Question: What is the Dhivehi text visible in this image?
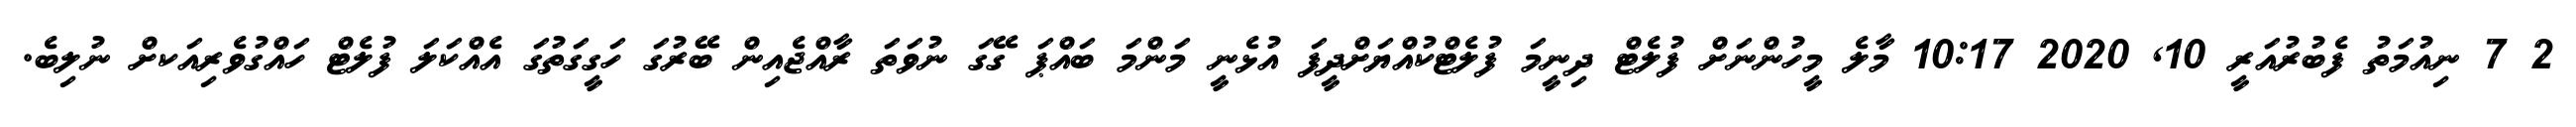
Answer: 2 7 ނިއުމަތު ފެބުރުއަރީ 10, 2020 10:17 މާލެ މީހުންނަށް ފުލެޓް ދިނީމަ ފުލެޓްކުއްޔަށްދީފަ އުޅެނީ މަންމަ ބައްޕަ ގޭގަ ނުވަތަ ރާއްޖެއިން ބޭރުގަ ހަގީގަތުގަ އެއްކަލަ ފުލެޓް ހައްގުވެރިއަކށް ނުލިބެ.